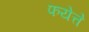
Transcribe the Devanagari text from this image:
फयेत्ते